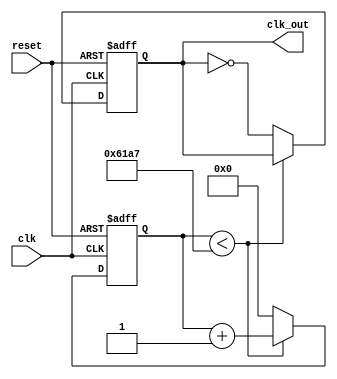
module clock_divider(clk,clk_out,reset);
input clk,reset;
reg [15:0] count_reg = 0;
output reg clk_out = 0;

always @(posedge clk or negedge reset) begin
    if (!reset) begin
        count_reg <= 0;
        clk_out <= 0;
    end else begin
        if (count_reg < 24999) begin
            count_reg <= count_reg + 1;
        end else begin
            count_reg <= 0;
            clk_out <= ~clk_out;
        end
    end
end
endmodule